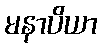
မနာပိယာ